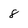
Character: 8